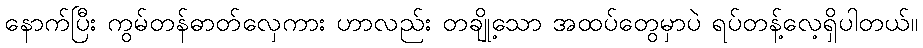
နောက်ပြီး ကွမ်တန်ဓာတ်လှေကား ဟာလည်း တချို့သော အထပ်တွေမှာပဲ ရပ်တန့်လေ့ရှိပါတယ်။